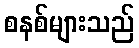
စနစ်များသည်